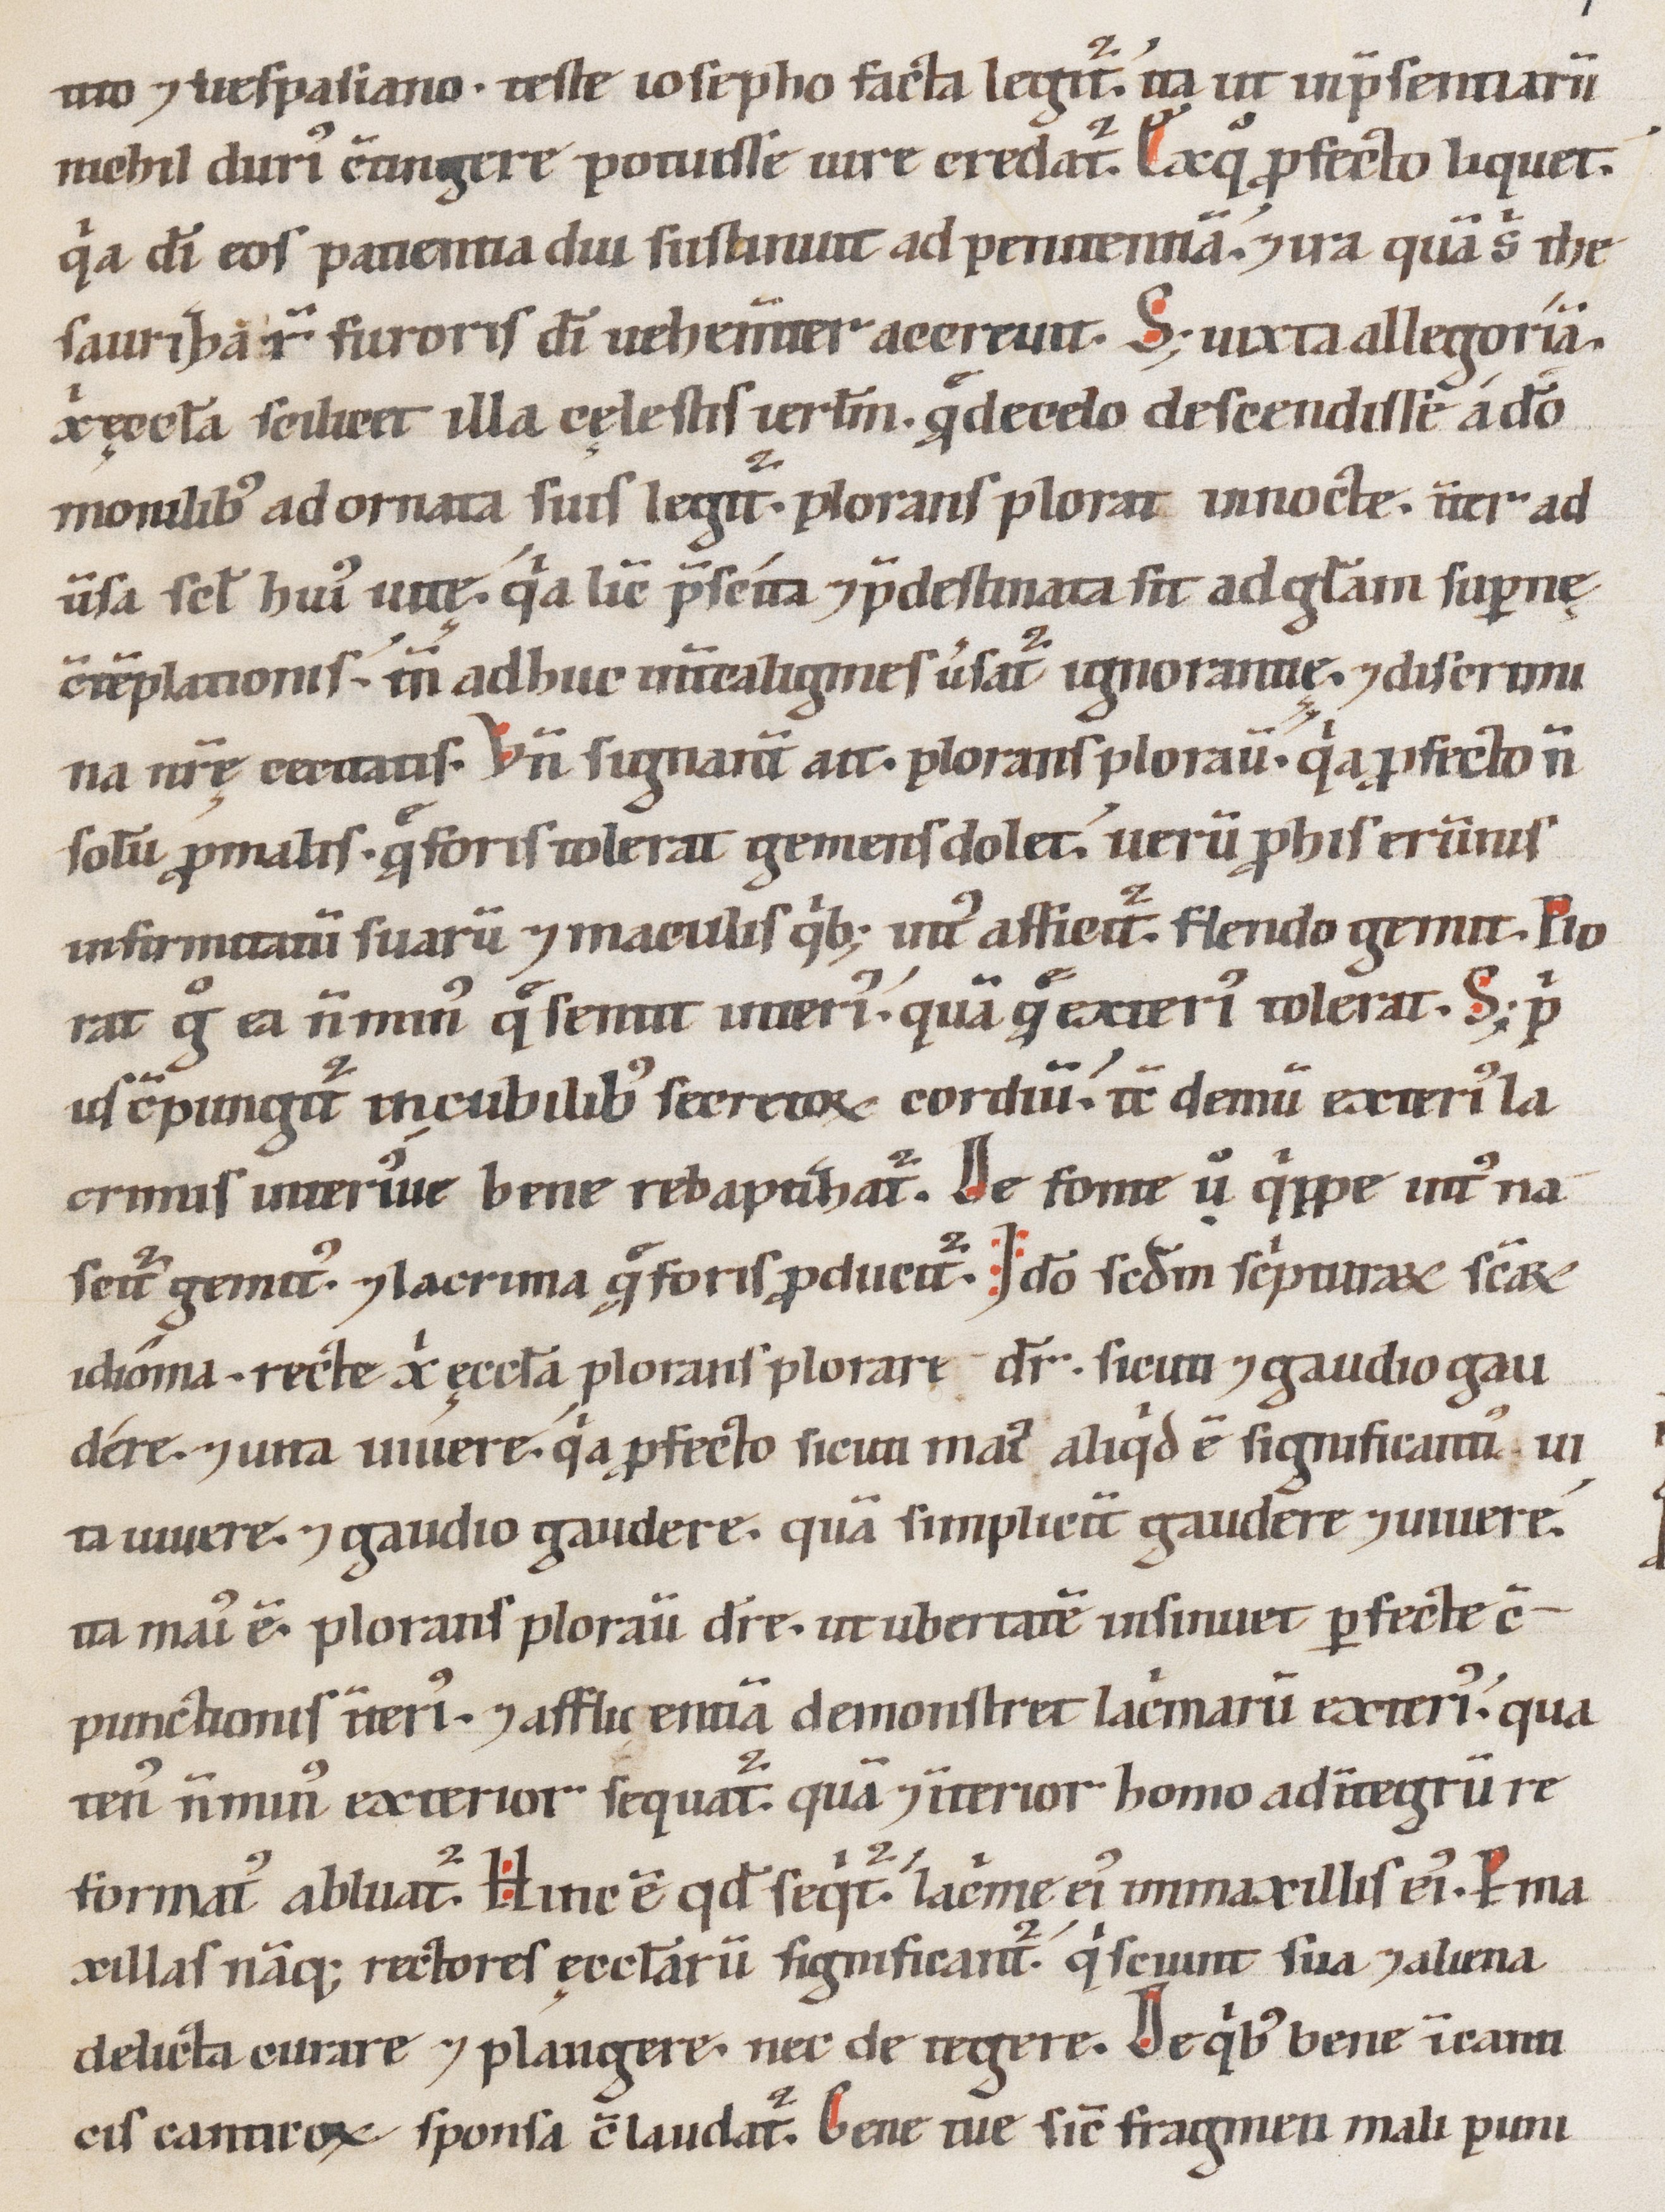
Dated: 1147–1178